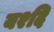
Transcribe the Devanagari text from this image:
य२दि